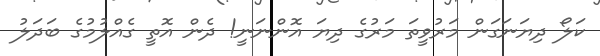
ކަލޯ ދިޔަނަގަން މަރުވީތަ މަރުގެ ދިޔަ އޮންނަނީ! ދެން އޮތީ ގެއްލުމުގެ ބަދަލު